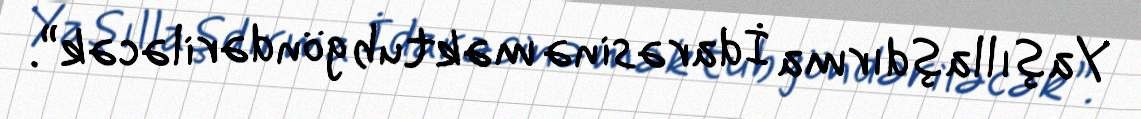
Yaşıllaşdırma İdarəsinə məktub göndəriləcək”.